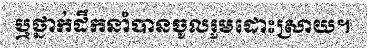
ឬថ្នាក់ដឹកនាំបានចូលរួមដោះស្រាយ។